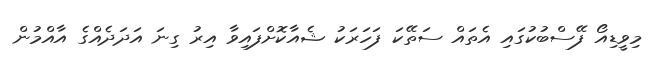
މިވީޑިއޯ ފޭސްބުކުގައި އެތައް ސަތޭކަ ފަހަރަކު ޝެއާކޮށްފައިވާ އިރު ގިނަ އަދަދެއްގެ އާއްމުން